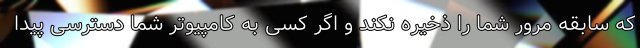
که سابقه مرور شما را ذخیره نکند و اگر کسی به کامپیوتر شما دسترسی پیدا